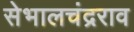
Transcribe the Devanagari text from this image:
सेभालचंद्रराव